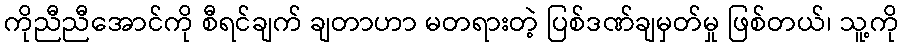
ကိုညီညီအောင်ကို စီရင်ချက် ချတာဟာ မတရားတဲ့ ပြစ်ဒဏ်ချမှတ်မှု ဖြစ်တယ်၊ သူ့ကို